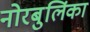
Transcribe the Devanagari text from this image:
नोरबुलिंका